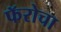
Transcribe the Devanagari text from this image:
फॅरोचा